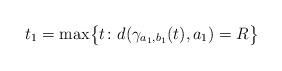
LaTeX: \begin{align*}t_1=\max\bigl\{t\colon d(\gamma_{a_1,b_1}(t),a_1)=R\bigr\}\end{align*}